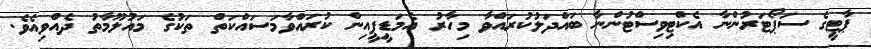
ޕާޓީގެ ސަޕޯޓަރުންނާ އެކްޓިވިސްޓުންނާ ބައްދަލުކުރައްވާ މިހާރު އެމަޑީޕީއިން ކުރައްވާމަސައްކަތް ތަކުގެ މައުލޫމާތު ދެއްވިއެވެ.